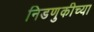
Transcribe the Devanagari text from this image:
निडणुकीच्या